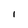
Character: I